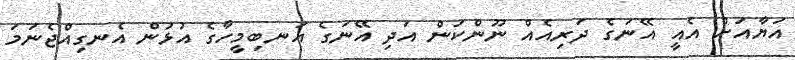
އަޔާއަށް އެއީ އޭނަގެ ދަރިއެއް ނޫންކަން އަދި އޭނަގެ އަނބިމީހާގެ އުޅުން އެނގިއްޖެނަމަ